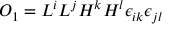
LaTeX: { \cal O } _ { 1 } = L ^ { i } L ^ { j } H ^ { k } H ^ { l } \epsilon _ { i k } \epsilon _ { j l }